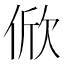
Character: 俽